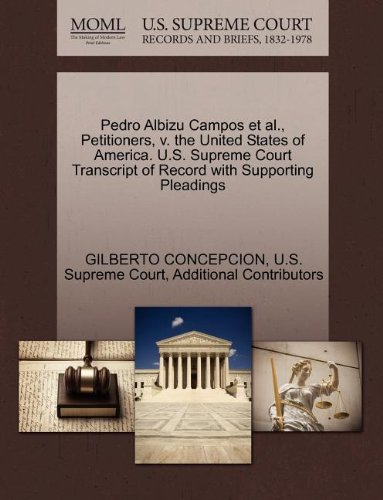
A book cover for Pedro Albizu Campos et al., Petitioners, v. the United States of America. U.S. Supreme Court Transcript of Record with Supporting Pleadings; GILBERTO CONCEPCION; Law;